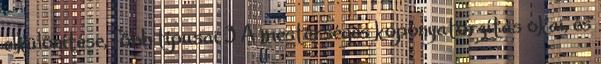
elkülönítése, főbb típusai 3 A mesterséges koponyatorzítás okai, és